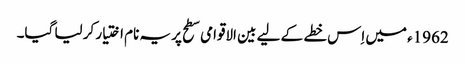
1962ء میں اِس خطے کے لیے بین الاقوامی سطح پر یہ نام اختیار کر لیا گیا۔